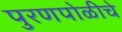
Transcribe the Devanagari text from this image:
पुरणपोळीचे